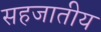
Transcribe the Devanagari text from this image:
सहजातीय